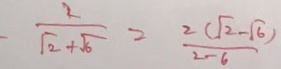
\frac { 2 } { \sqrt { 2 } + \sqrt { 6 } } = \frac { 2 ( \sqrt { 2 } - \sqrt { 6 } ) } { 2 - 6 }